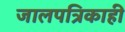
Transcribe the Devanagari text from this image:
जालपत्रिकाही